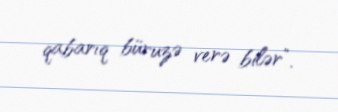
qabarıq büruzə verə bilər”.